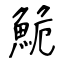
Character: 鮠